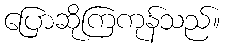
ပြောဆိုကြကုန်သည်။